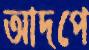
আদপে